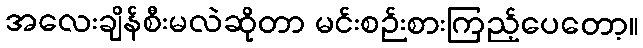
အလေးချိန်စီးမလဲဆိုတာ မင်းစဉ်းစားကြည့်ပေတော့။